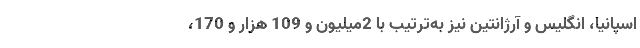
اسپانیا، انگلیس و آرژانتین نیز به‌ترتیب با 2میلیون و 109 هزار و 170،